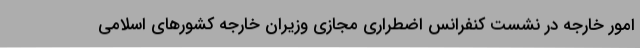
امور خارجه در نشست کنفرانس اضطراری مجازی وزیران خارجه کشورهای اسلامی